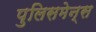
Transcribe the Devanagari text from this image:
पुलिसमेन्स